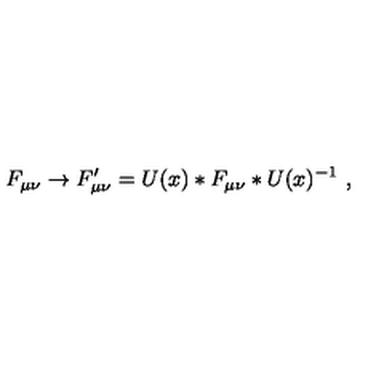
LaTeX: F _ { \mu \nu } \to F _ { \mu \nu } ^ { \prime } = U ( x ) * F _ { \mu \nu } * U ( x ) ^ { - 1 } \ ,